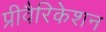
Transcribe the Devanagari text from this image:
प्रीवैरिकेशन